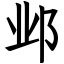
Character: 邺